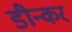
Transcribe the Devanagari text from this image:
डीन्कर